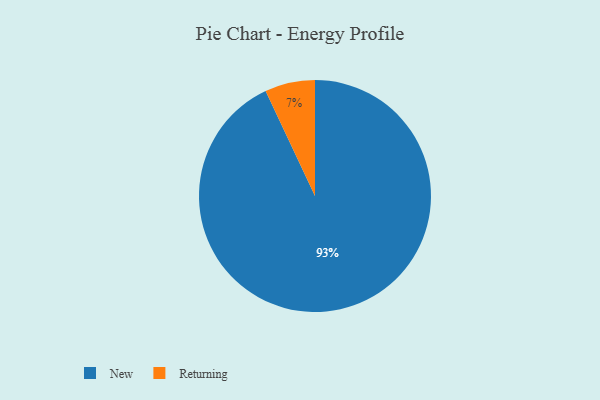
{"axis": {"x": "Category", "y": "Percentage"}, "legend": ["New", "Returning"], "data": [{"x": "Returning", "y": 7, "type": "Returning"}, {"x": "New", "y": 93, "type": "New"}]}